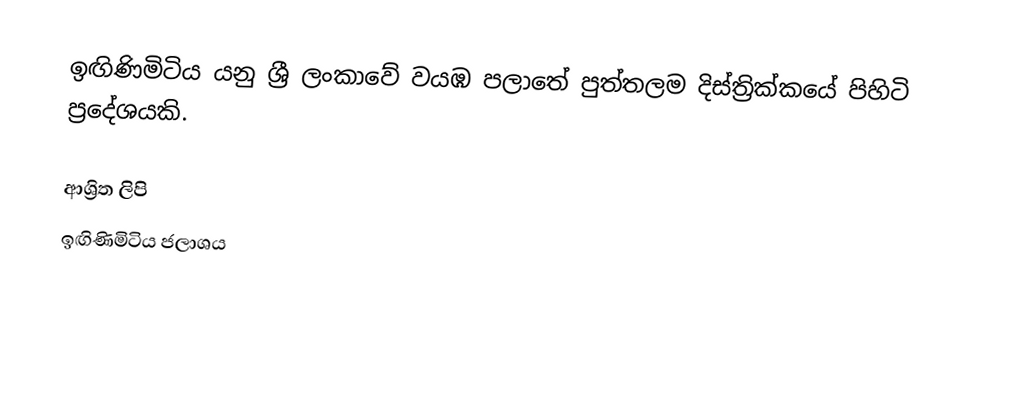
ඉඟිණිමිටිය යනු ශ්‍රී ලංකාවේ වයඹ පලාතේ පුත්තලම දිස්ත්‍රික්කයේ පිහිටි ප්‍රදේශයකි.

ආශ්‍රිත ලිපි
 ඉඟිණිමිටිය ජලාශය